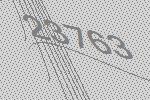
23763